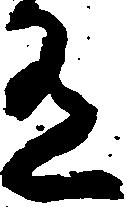
有